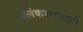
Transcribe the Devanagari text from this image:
अलंकरणवाली